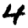
Digit: 4